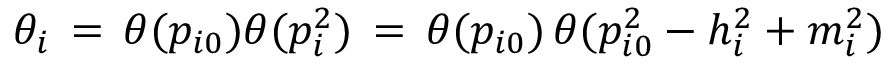
\theta _ { i } \, = \, \theta ( p _ { i 0 } ) \theta ( p _ { i } ^ { 2 } ) \, = \, \theta ( p _ { i 0 } ) \, \theta ( p _ { i 0 } ^ { 2 } - h _ { i } ^ { 2 } + m _ { i } ^ { 2 } )